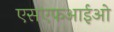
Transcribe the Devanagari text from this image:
एसएफआईओ